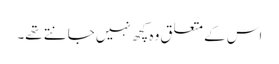
اس کے متعلق وہ کچھ نہیں جانتے تھے۔